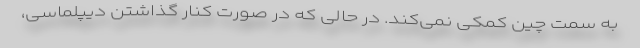
به سمت چین کمکی نمی‌کند. در حالی که در صورت کنار گذاشتن دیپلماسی،